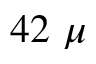
4 2 \ \mu